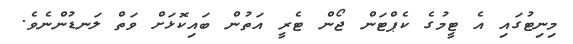
މިނިޓުގައި އެ ޓީމުގެ ކެޕްޓަން ޖޯން ޓެރީ އަތުން ބައިކޮޅަށް ވަތް ލަނޑުންނެވެ.